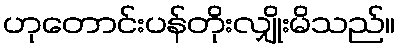
ဟုတောင်းပန်တိုးလျှိုးမိသည်။